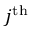
j ^ { \mathrm { { t h } } }